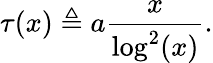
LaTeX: \tau(x)\triangleq a\frac{x}{\log^{2}(x)}.